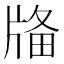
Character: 𤗌